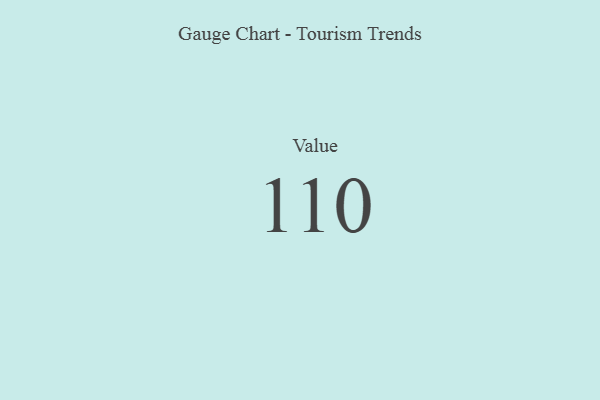
{"axis": {"x": "Metric", "y": "Value"}, "legend": [""], "data": [{"x": "Value", "y": 110, "type": ""}]}